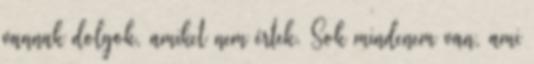
vannak dolgok, amiket nem értek. Sok mindenem van, ami